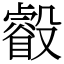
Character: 㲊